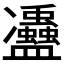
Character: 𠘦